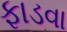
ફાડવા